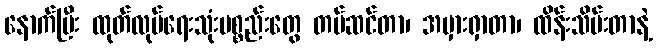
နောက်ပြီး ထုတ်လုပ်ရေးသုံးပစ္စည်းတွေ တပ်ဆင်တာ၊ အမှားရှာတာ၊ ထိန်းသိမ်းတာနဲ့